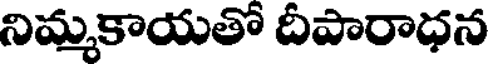
నిమ్మకాయతో దీపారాధన